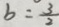
b = \frac { 3 } { 2 }